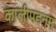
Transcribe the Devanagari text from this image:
कालीपटनम